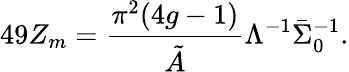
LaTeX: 49Z_{m}=\frac{\pi^{2}(4g-1)}{\tilde{A}}\Lambda^{-1}\bar{\Sigma}_{0}^{-1}.